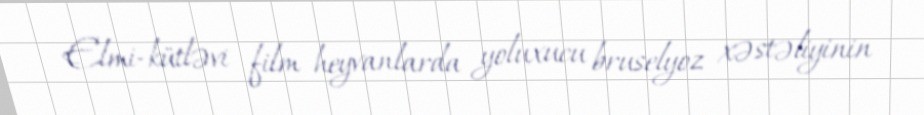
Elmi-kütləvi film heyvanlarda yoluxucu bruselyoz xəstəliyinin